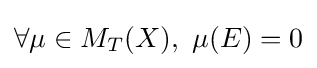
\forall \mu \in M_{T}(X),\ \mu (E)=0